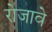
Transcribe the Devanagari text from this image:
रोजावे